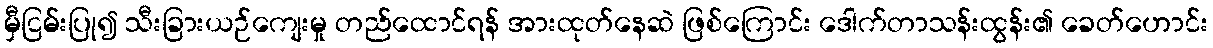
မှီငြမ်းပြု၍ သီးခြားယဉ်ကျေးမှု တည်ထောင်ရန် အားထုတ်နေဆဲ ဖြစ်ကြောင်း ဒေါက်တာသန်းထွန်း၏ ခေတ်ဟောင်း